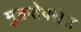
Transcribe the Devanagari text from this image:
मुक्ततेवरील